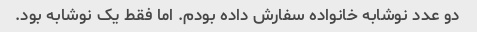
دو عدد نوشابه خانواده سفارش داده بودم. اما فقط یک نوشابه بود.